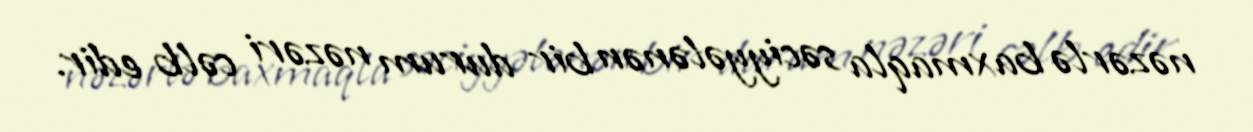
nəzərlə baxmaqla səciyyələnən bir durum nəzəri cəlb edir.